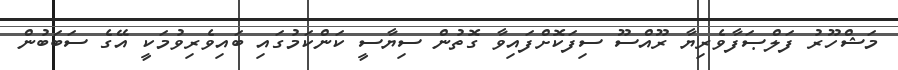
މަޝްހޫރު ފަލްޞަފާވެރިޔާ ރޫއްސޫ ސިފަކޮށްފައިވާ ގޮތުން ސިޔާސީ ކަންކަމުގައި ބައިވެރިވުމަކީ އޭގެ ސަބަބުން